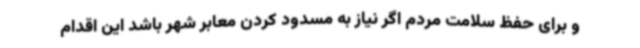
و برای حفظ سلامت مردم اگر نیاز به مسدود کردن معابر شهر باشد این اقدام